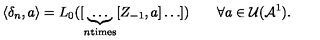
\langle \delta _ { n } , a \rangle = L _ { 0 } ( [ \underbrace { \ldots } _ { n \mathrm { t i m e s } } [ Z _ { - 1 } , a ] \ldots ] ) \qquad \forall a \in { \cal U } ( { \cal A } ^ { 1 } ) .